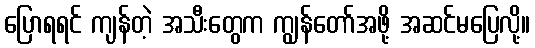
ပြောရရင် ကျန်တဲ့ အသီးတွေက ကျွန်တော်အဖို့ အဆင်မပြေလို့။